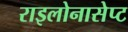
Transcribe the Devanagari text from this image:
राइलोनासेप्ट